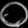
Digit: ၀